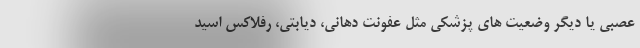
عصبی یا دیگر وضعیت های پزشکی مثل عفونت دهانی، دیابتی، رفلاکس اسید